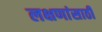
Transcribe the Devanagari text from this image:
लक्षणांसाठी